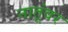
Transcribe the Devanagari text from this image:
नातूंवर